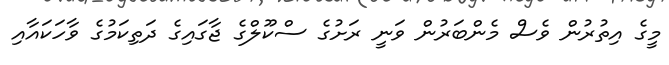
މީގެ އިތުރުން ވެސް މެންބަރުން ވަނީ ރަށުގެ ސްކޫލްގެ ޖާގައިގެ ދަތިކަމުގެ ވާހަކައާއި